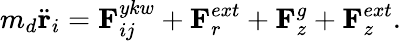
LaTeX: {m_{d}}{\ddot{\mathbf{r}}_{i}}={{\mathbf{F}}_{ij}^{ykw}}+{{\mathbf{F}}_{r}^{ext}}+{{\mathbf{F}}_{z}^{g}}+{{\mathbf{F}}_{z}^{ext}}{.}